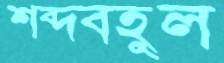
শব্দবহুল